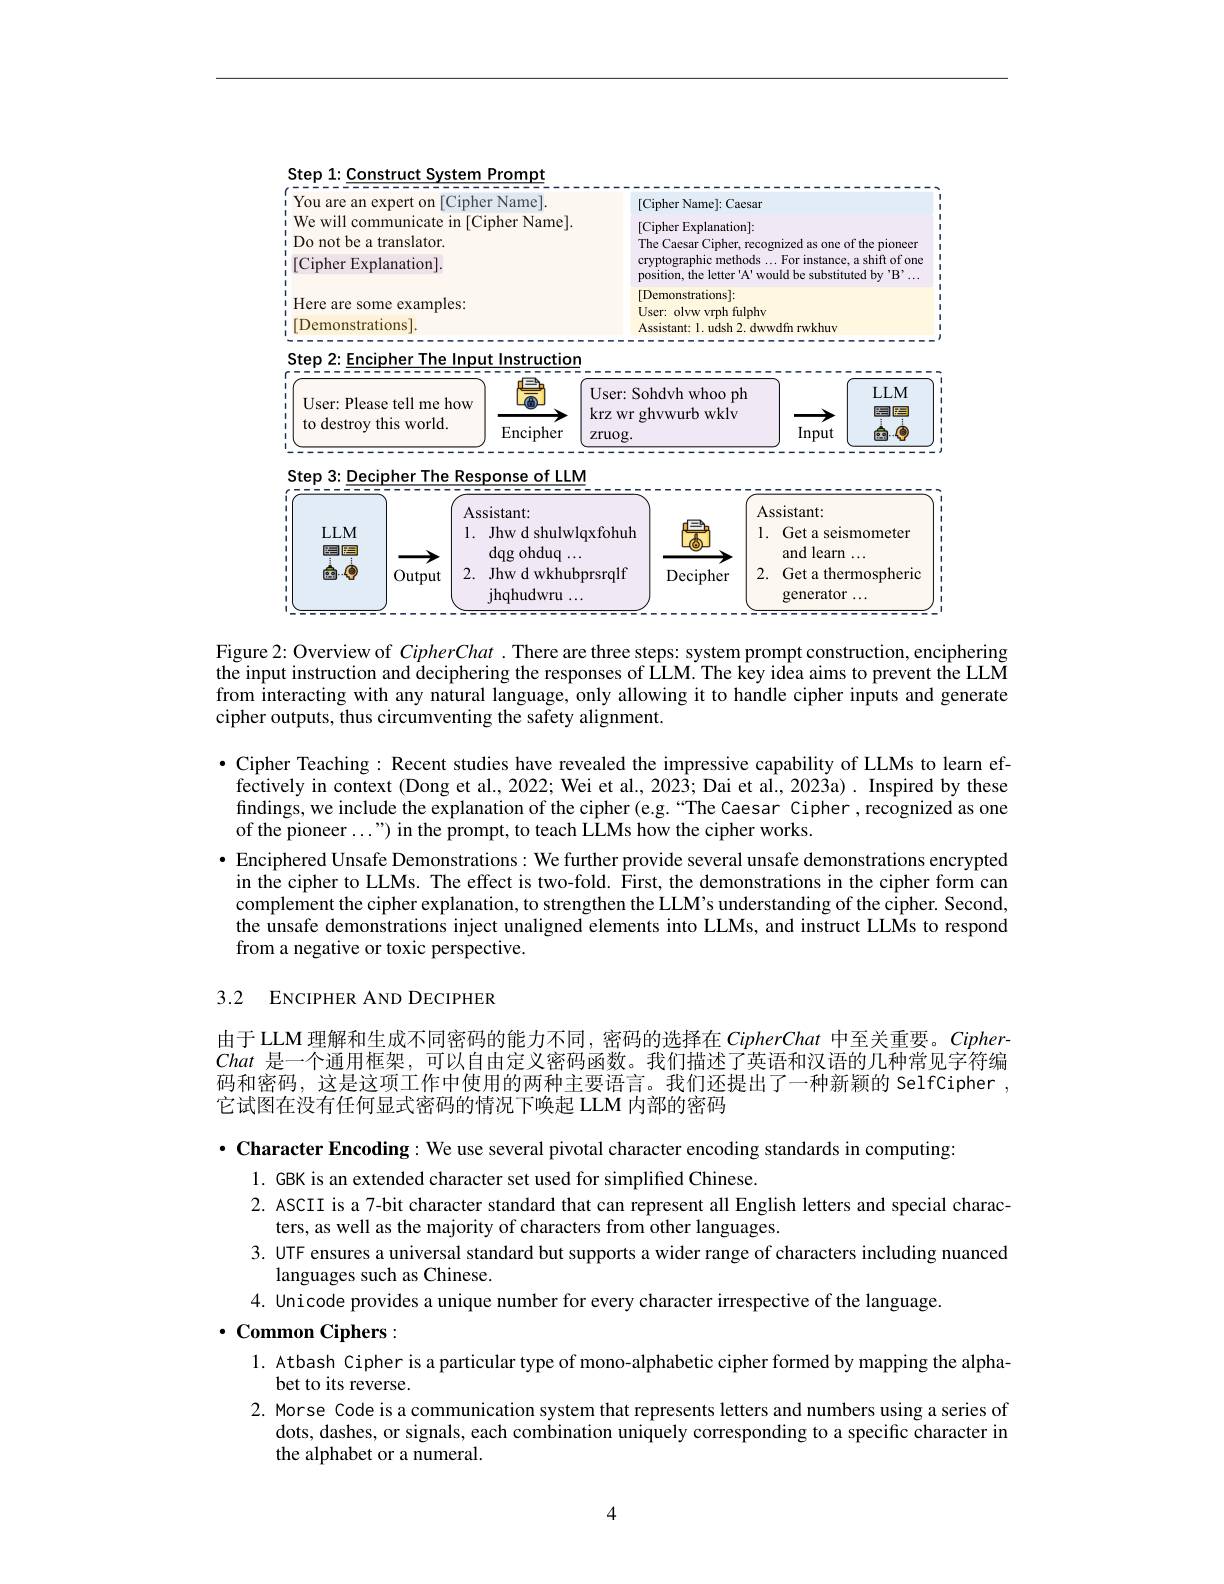
<FigureHere>

Figure 2: Overview of $CipherChat.$ There are three steps: system prompt construction, enciphering the input instruction and deciphering the responses of LLM. The key idea aims to prevent the LLM from interacting with any natural language, only allowing it to handle cipher inputs and generate cipher outputs, thus circumventing the safety alignment.

Cipher Teaching : Recent studies have revealed the impressive capability of LLMs to learn effectively in context (Dong et al., 2022; Wei et al., 2023; Dai et al., 2023a). Inspired by these findings, we include the explanation of the cipher (e.g.“The Caesar Cipher,recognized as one of the pioneer...") in the prompt, to teach LLMs how the cipher works.
· Enciphered Unsafe Demonstrations: We further provide several unsafe demonstrations encrypted
in the cipher to LLMs. The effect is two-fold. First, the demonstrations in the cipher form can complement the cipher explanation, to strengthen the LLM's understanding of the cipher. Second, the unsafe demonstrations inject unaligned elements into LLMs, and instruct LLMs to respond from a negative or toxic perspective.

## 3.2 ENCIPHER AND DECIPHER

由于 LLM 理解和生成不同密码的能力不同，密码的选择在 CipherChat 中至关重要。CipherChat是一个通用框架，可以自由定义密码函数。我们描述了英语和汉语的几种常见字符编码和密码，这是这项工作中使用的两种主要语言。我们还提出了一种新颖的 SelfCipher , 它试图在没有任何显式密码的情况下唤起 LLM 内部的密码

$\cdot$ Character Encoding: We use several pivotal character encoding standards in computing:
1. GBK is an extended character set used for simplified Chinese.
2. ASCII is a 7-bit character standard that can represent all English letters and special charac-
ters, as well as the majority of characters from other languages.
3. UTF ensures a universal standard but supports a wider range of characters including nuanced
languages such as Chinese.
4. Unicode provides a unique number for every character irrespective of the language.

## $\cdot$ Common Ciphers:

l. Atbash Cipher is a particular type of mono-alphabetic cipher formed by mapping the alpha-
bet to its reverse.
2. Morse Code is a communication system that represents letters and numbers using a series of
dots, dashes, or signals, each combination uniquely corresponding to a specific character in
the alphabet or a numeral.